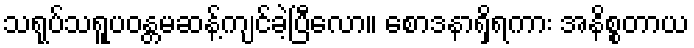
သရုပ်သရူပဝန္တမဆန့်ကျင်ခဲ့ပြီလော။ စောဒနာရှိရကား အနိစ္စတာယ